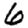
Digit: 6